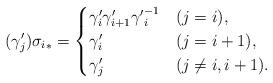
LaTeX: \begin{align*}(\gamma'_{j}) {\sigma_{i}}_{*} =\begin{cases}\gamma'_{i} \gamma'_{i+1} {\gamma'}_{i}^{-1} & (j=i), \\\gamma'_{i} & (j=i+1), \\\gamma'_{j} & (j \neq i, i+1).\end{cases}\end{align*}